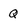
Character: Q